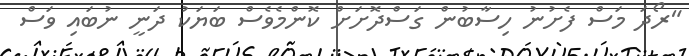
"ރޯދަ މަސް ފެށުނު ހިސާބުން ގަސްދޮށަށް ކޮންމެވެސް ބަޔަކު ދަނީ ނުބައި ވަސް